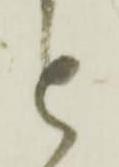
と